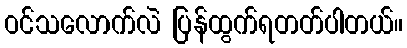
ဝင်သလောက်လဲ ပြန်ထွက်ရတတ်ပါတယ်။